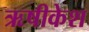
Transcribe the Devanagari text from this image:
ऋषीकेश